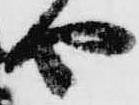
や